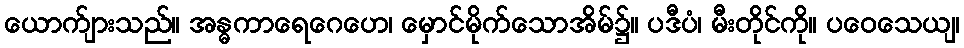
ယောက်ျားသည်။ အန္ဓကာရေဂေဟေ၊ မှောင်မိုက်သောအိမ်၌။ ပဒီပံ၊ မီးတိုင်ကို။ ပဝေသေယျ၊